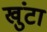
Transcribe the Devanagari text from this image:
खुंटा